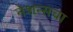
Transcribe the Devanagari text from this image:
नेशन्सचा